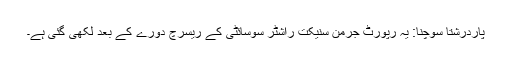
پاردرشتا سوچنا: یہ رپورٹ جرمن سنیکت راشٹر سوسائٹی کے ریسرچ دورے کے بعد لکھی گئی ہے۔